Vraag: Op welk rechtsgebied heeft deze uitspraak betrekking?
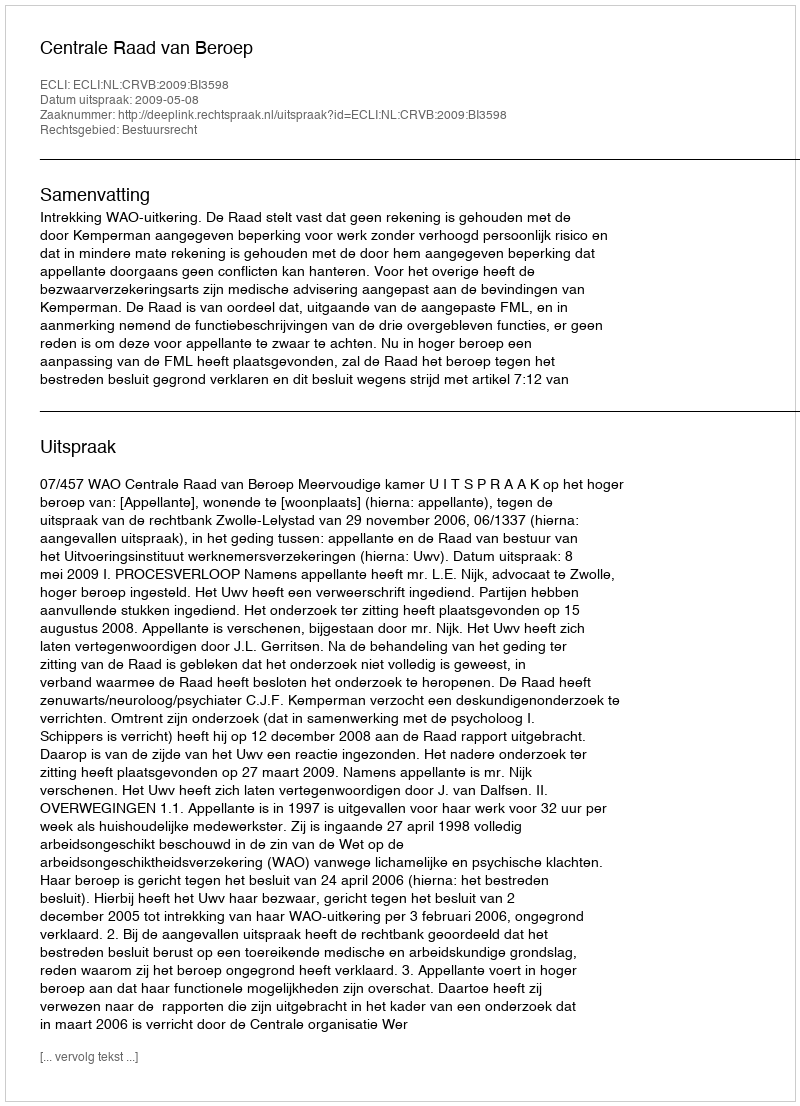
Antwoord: Bestuursrecht